59_64634_711.5612[7-2852
Agency: Department of State
Incident date: 7/18/52
Page 6
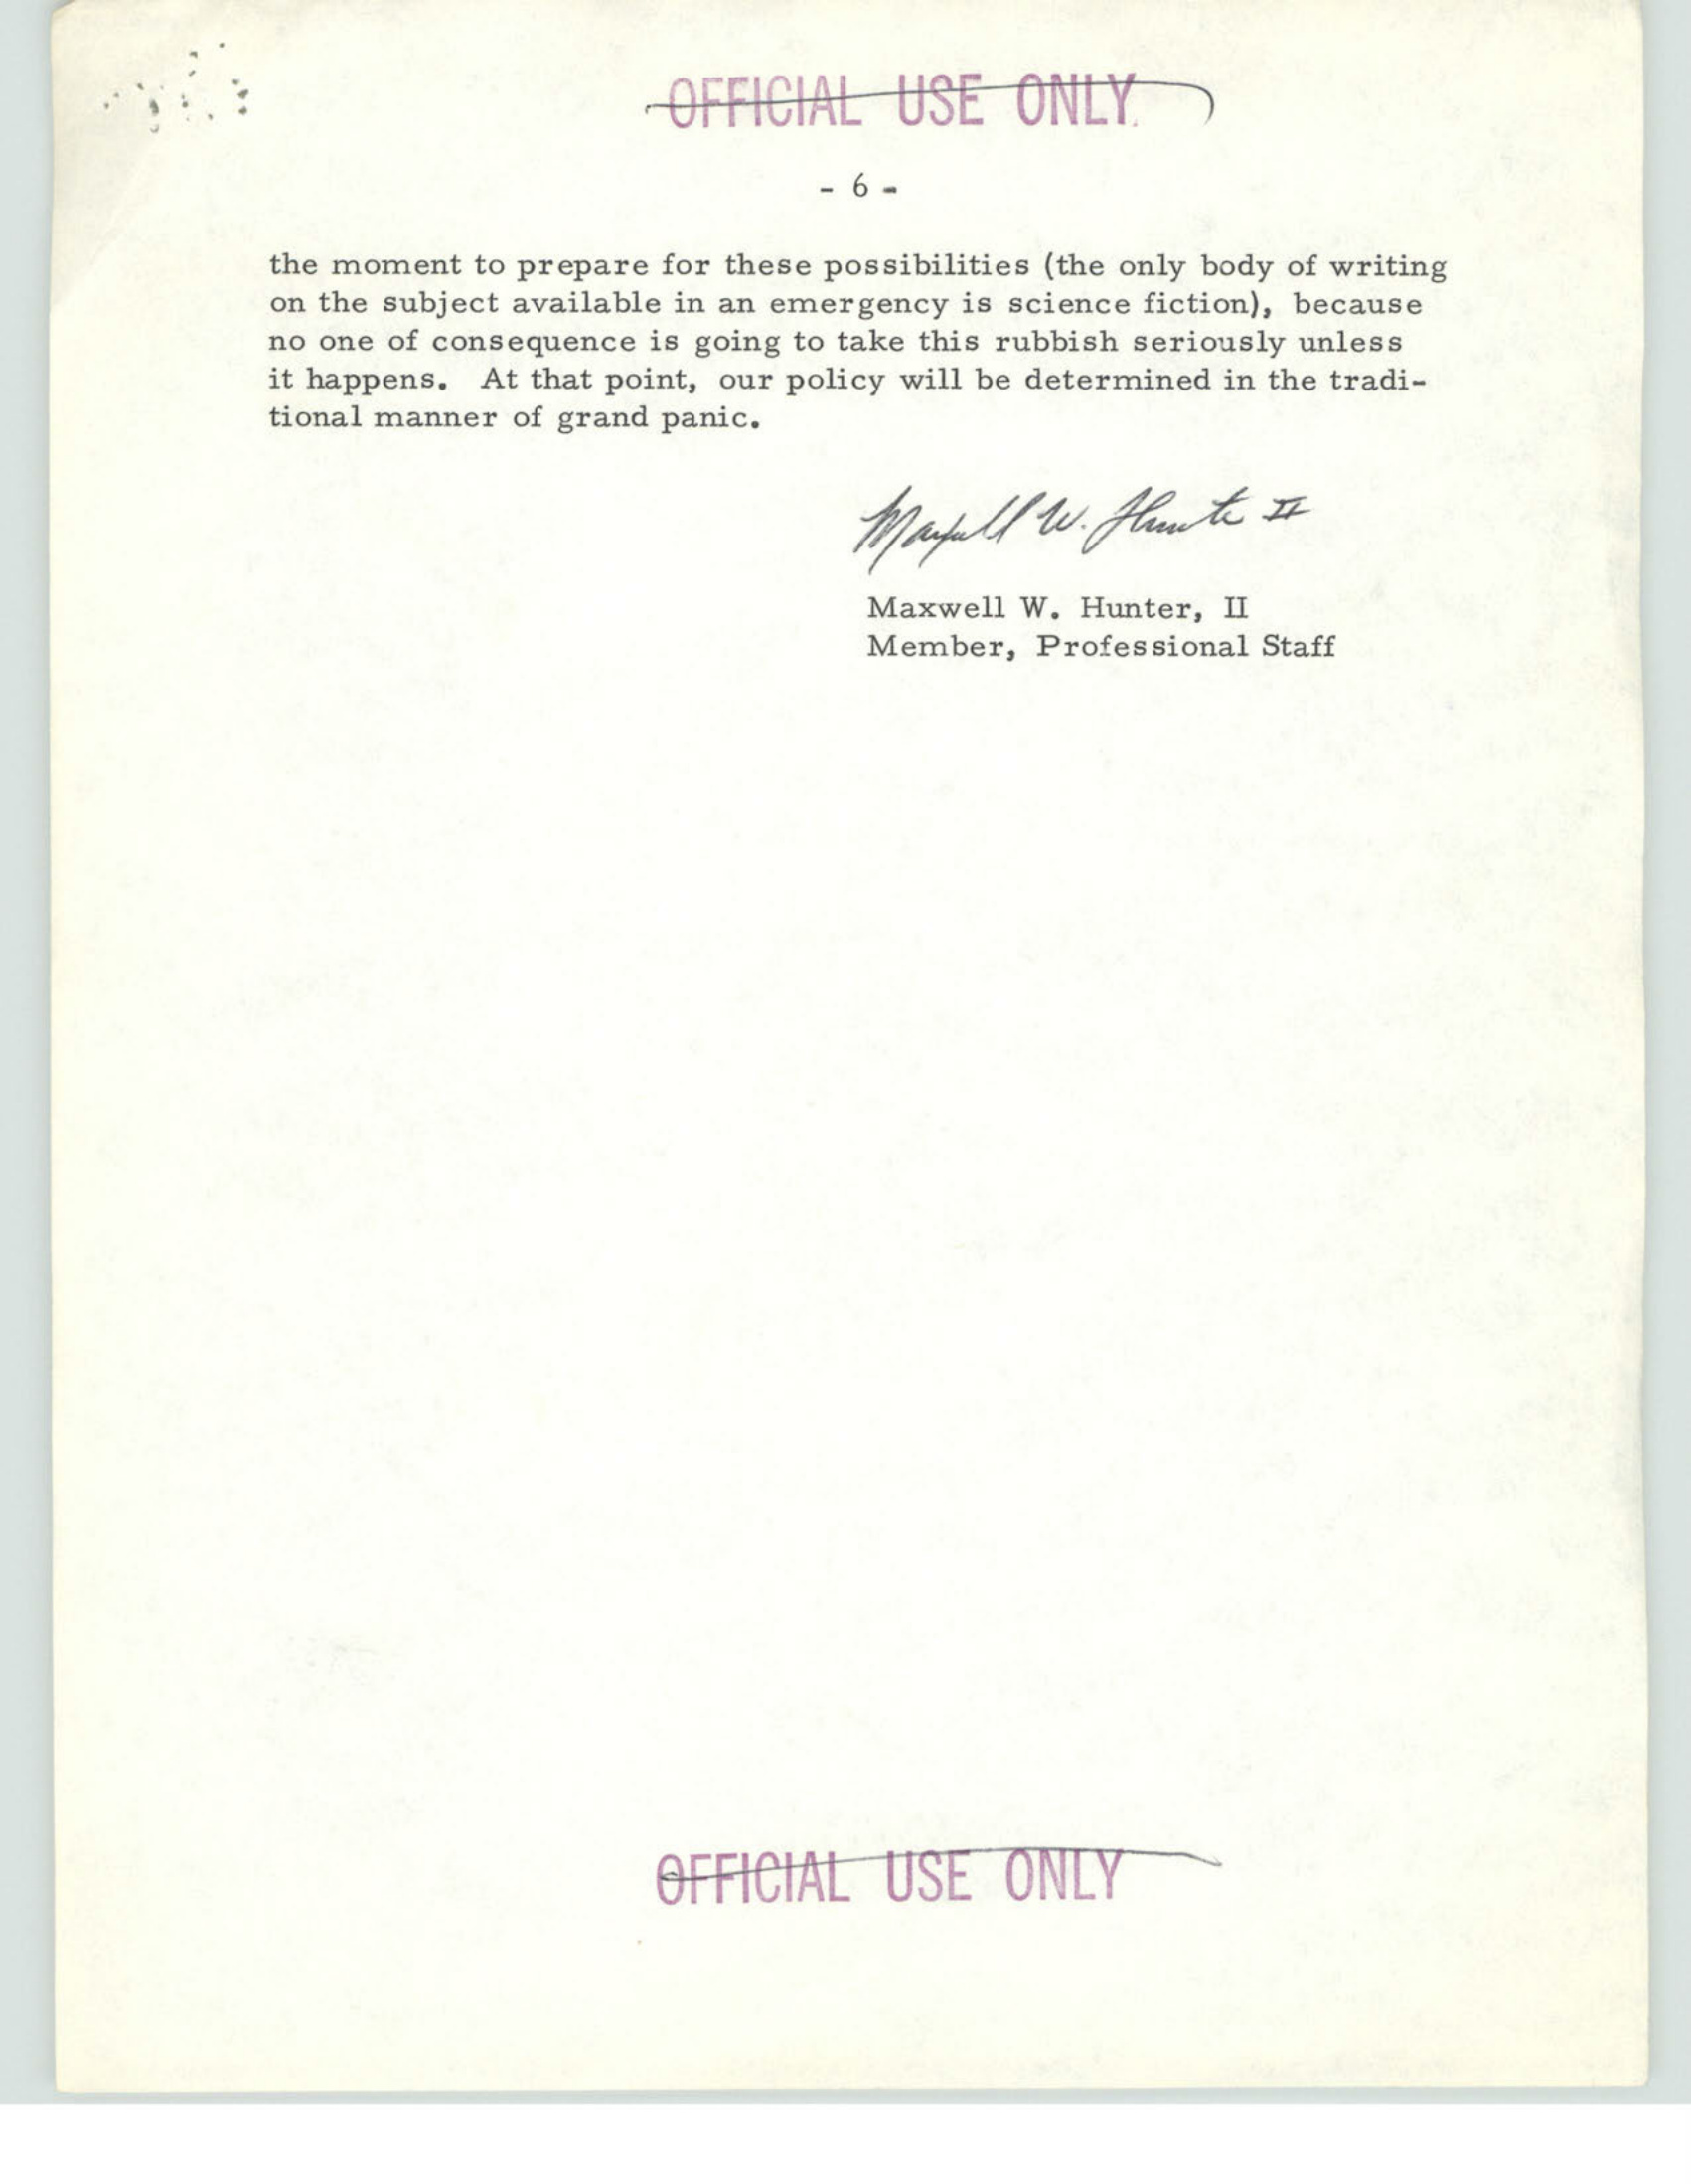